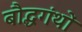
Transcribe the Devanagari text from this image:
बौद्धगंथों